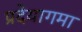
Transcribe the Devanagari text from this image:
प्रदेयागमा